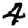
Digit: 4